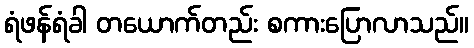
ရံဖန်ရံခါ တယောက်တည်း စကားပြောလာသည်။